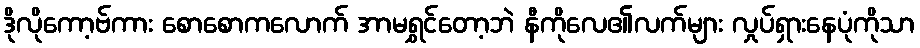
ဒိုလိုကော့ဗ်ကား စောစောကလောက် အာမရွှင်တော့ဘဲ နီကိုလေ၏လက်များ လှုပ်ရှားနေပုံကိုသာ